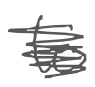
Text: to
Cross-out: mix
Writing tool: digital_gray